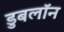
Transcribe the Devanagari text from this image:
डुबलॉन